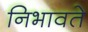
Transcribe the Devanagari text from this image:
निभावते